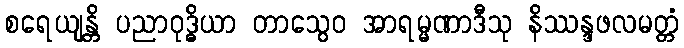
စရေယျန္တိ ပညာဝုဒ္ဓိယာ တာသွေဝ အာရမ္မဏာဒီသု နိဿန္ဒဖလမတ္တံ